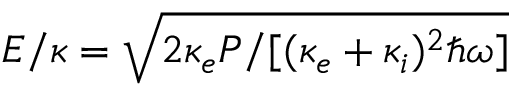
E / \kappa = \sqrt { 2 \kappa _ { e } P / [ ( \kappa _ { e } + \kappa _ { i } ) ^ { 2 } \hbar \omega ] }